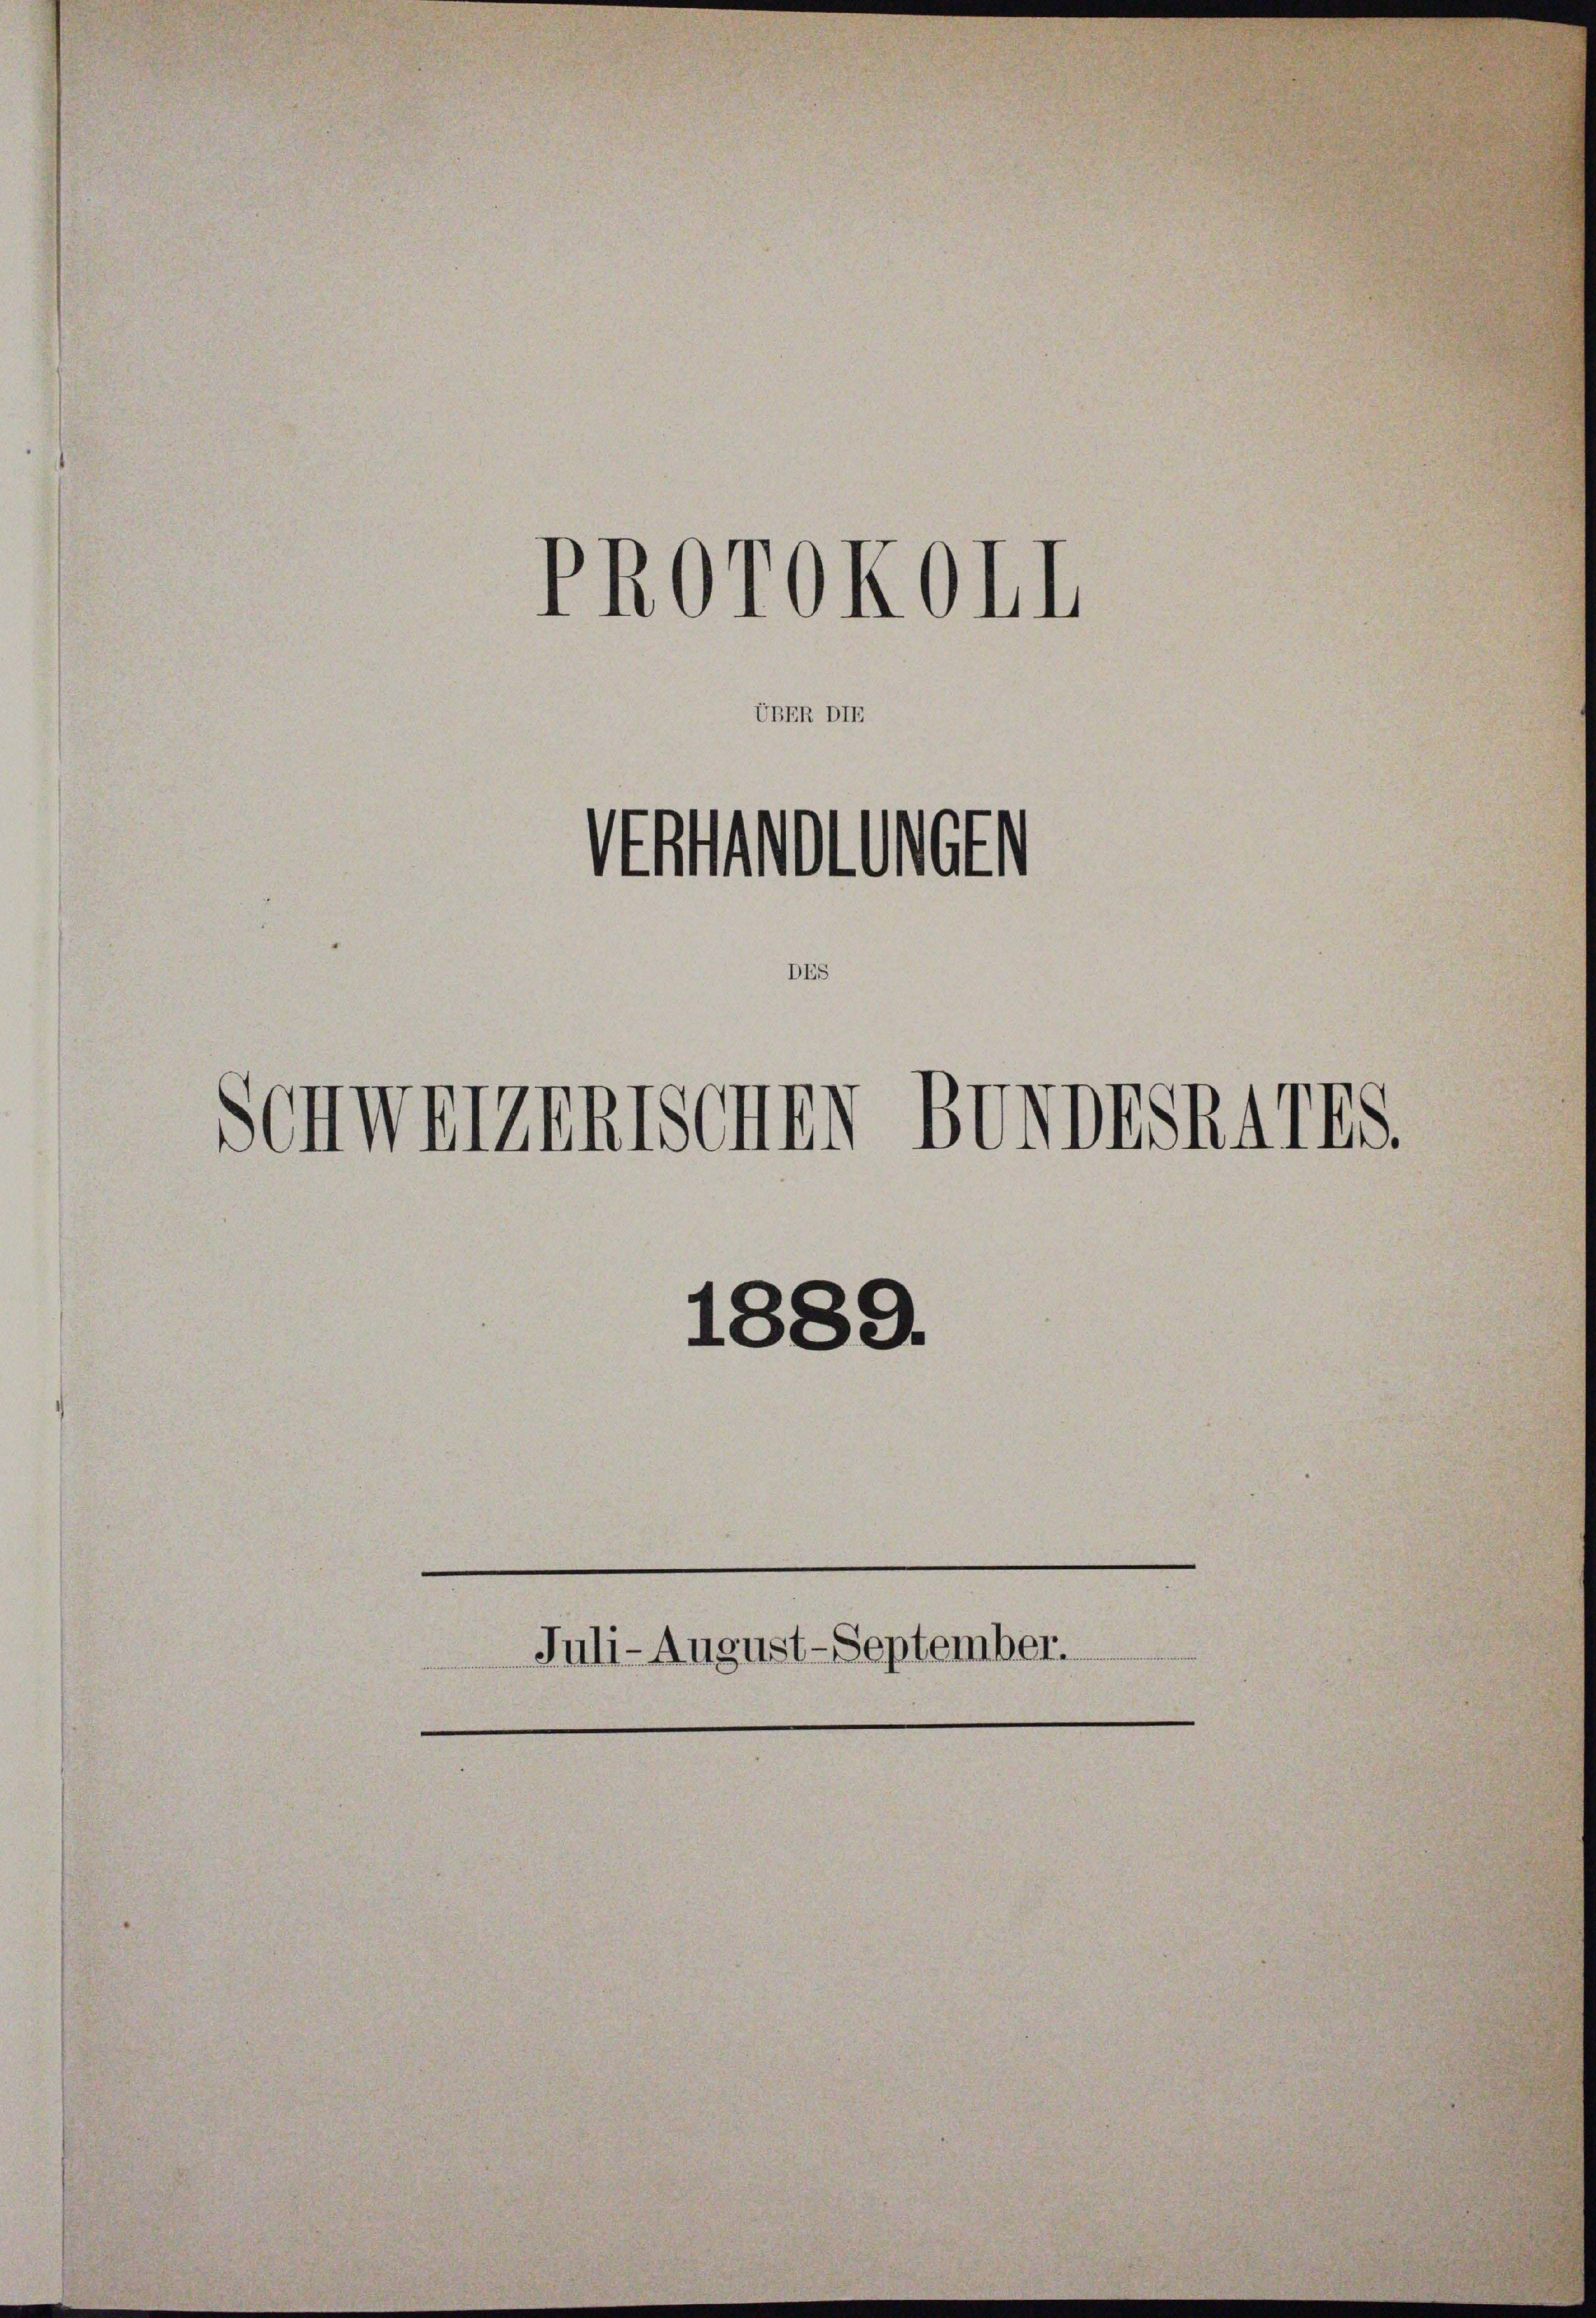
UBER DIE
ht
UGE
DES

PROrOKOII

Schweizenischen Bundesk4778.

1889.
Juli-August-September.